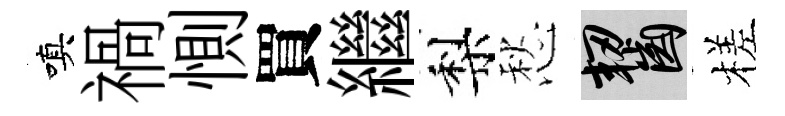
嗔禍惻買繼梨愁齧槎